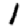
Digit: 1